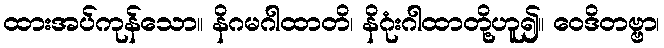
ထားအပ်ကုန်သော။ နိဂမဂါထာတိ၊ နိဂုံးဂါထာတို့ဟူ၍။ ဝေဒိတဗ္ဗာ၊